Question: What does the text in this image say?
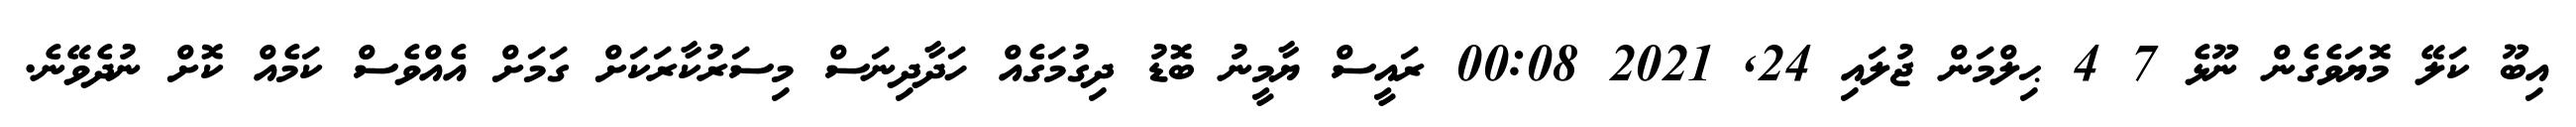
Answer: އިބޫ ކަލޭ މޮޔަވެގެން ނޫޅެ 7 4 ޙިލްމަން ޖުލައި 24, 2021 00:08 ރައީސް ޔާމީނު ބޮޑު ދިގުމަގެއް ހަދާދިނަސް މިސަރުކާރަކަށް ގަމަށް އެއްވެސް ކަމެއް ކޮށް ނުދެވޭނެ.